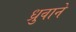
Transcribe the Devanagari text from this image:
ध्रुवाने